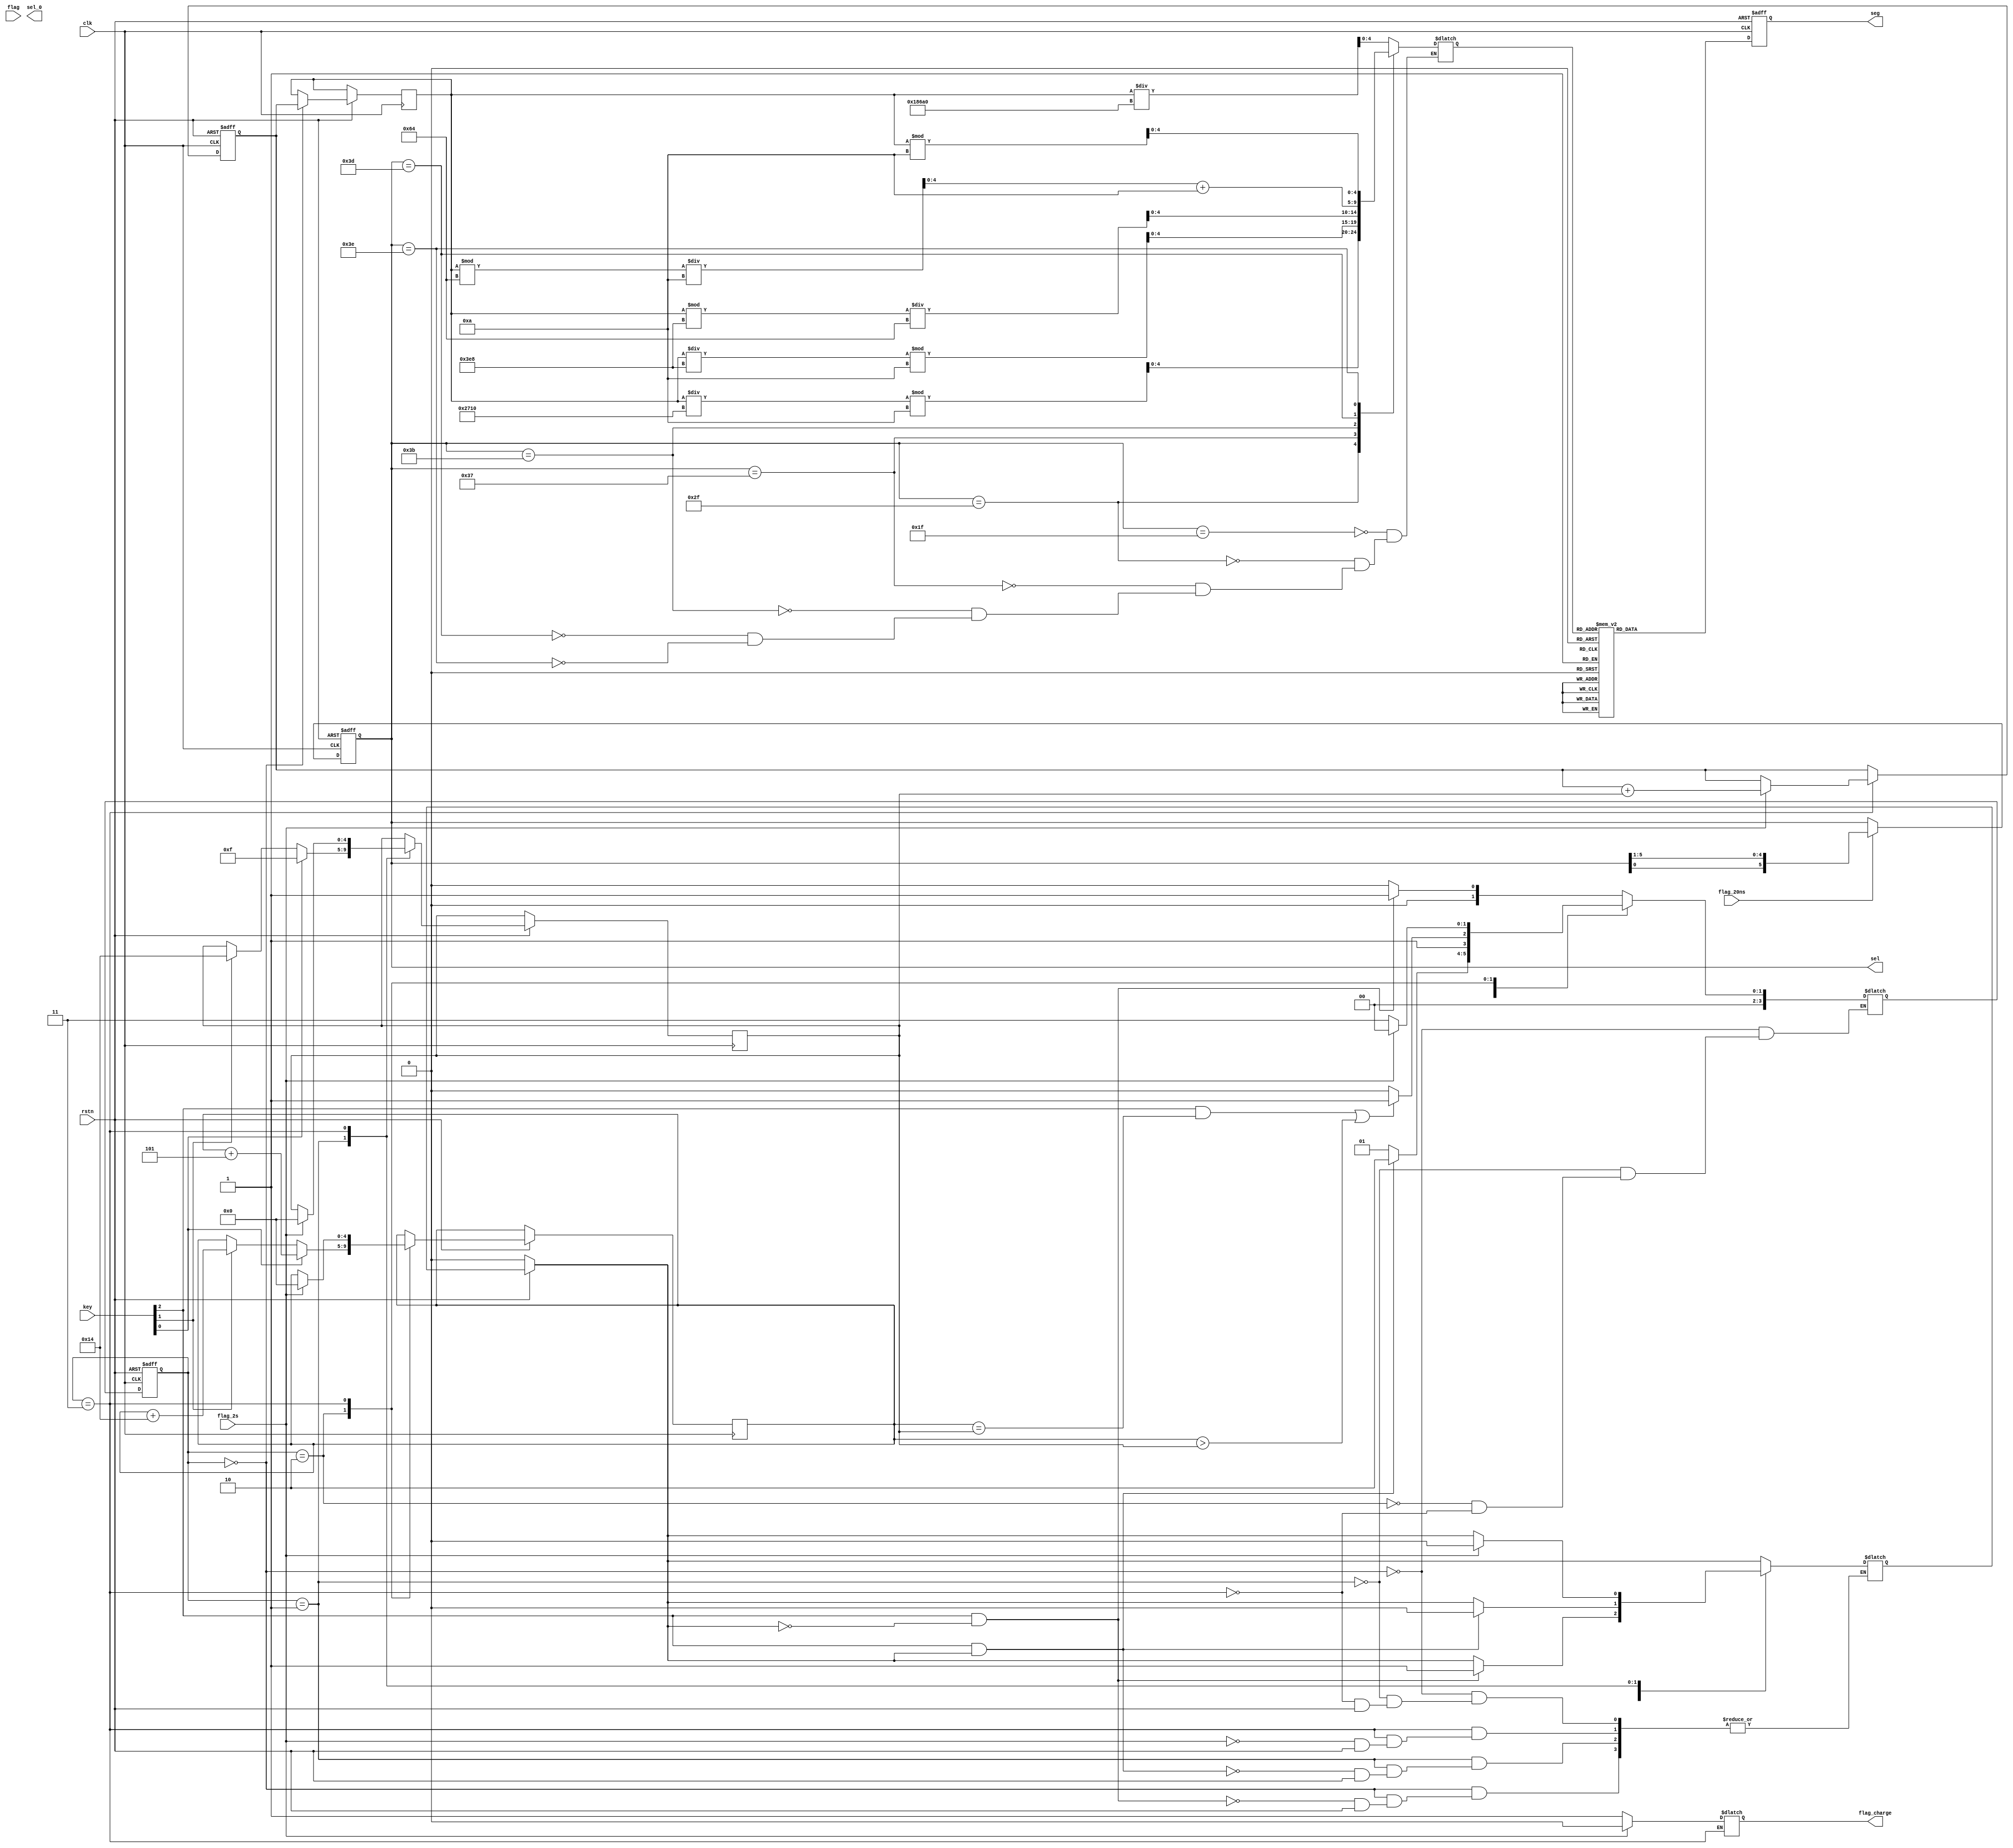
module regshow (
    input   wire            clk         ,
    input   wire            rstn        ,
    input   wire    [3:0]   key         ,
    input   wire            flag        ,
    input   wire            flag_20ns   ,
    input   wire            flag_2s     , 
    
    output  reg             flag_charge ,
    output  reg     [1:0]   sel_0       ,
    output  reg     [5:0]   sel         ,
    output  reg     [7:0]   seg         
);

    parameter  IDLE        =   4'd0    ;
    parameter  BUY         =   4'd1    ;
    parameter  PAY         =   4'd2    ;
    parameter  CHANGE      =   4'd3    ;

    reg     [3:0]       cstate      ;
    reg     [3:0]       nstate      ;
    reg     [4:0]       number      ;
    wire    [4:0]       num6        ;   // 6-1 
    wire    [4:0]       num5        ;
    wire    [4:0]       num4        ;
    wire    [4:0]       num3        ;
    wire    [4:0]       num2        ;
    wire    [4:0]       num1        ;

    reg     [19:0]      money_show  ;   // 
    reg     [19:0]      money_total ;   // 
    reg     [4:0]       money_pay   ;   // 
    reg     [4:0]       money_paid  ;   // 
    reg     [4:0]       money_charge;   // 
    reg                 flag_buy    ;   // 

    always @(posedge clk or negedge rstn) begin
        if(!rstn) begin
            sel <= 6'b011111;
        end
        else if(flag_20ns)begin
            sel <= {sel[0],sel[5:1]};
        end
        else begin
            sel <= sel;
        end
    end

    always @(posedge clk or negedge rstn) begin
        if(!rstn) begin
            cstate <= IDLE;
        end
        else begin
            cstate <= nstate;
        end
    end

    always @(*) begin   // 
        if(!rstn) begin
            flag_buy = 1'b0;
        end
        case (cstate)
            IDLE: begin
                if(key[2]&&!flag_buy) begin
                    nstate = BUY;
                    flag_buy = 1'b1;
                end
                else begin
                    nstate = IDLE;
                end
            end
            BUY: begin
                if(key[2]&&flag_buy) begin
                    nstate = PAY;
                    flag_buy = 1'b0;
                end
                else begin
                    nstate = BUY;
                end
            end
            PAY: begin
                if((key[2] && money_paid == money_pay)||(money_paid > money_pay)) begin
                    nstate = CHANGE;
                end
                else begin
                    nstate = PAY;
                end
            end
            CHANGE: begin
                if(flag_2s) begin
                    nstate = IDLE;
                    flag_buy = 1'b0;
                    flag_charge = 1'd0;
                end
                else begin
                    nstate = CHANGE;
                    flag_charge = 1'd1;
                end
            end
            default:    ;
        endcase
    end

    always @(posedge clk or negedge rstn) begin   // 
        if(!rstn) begin
            money_total <= 20'd200;
        end
        else begin
            case (cstate)
                IDLE: begin
                    money_show <= money_total;
                    // num1 <= 4'd0;
                    // num2 <= 4'd0;
                    // num3 <= 4'd0;
                    // num4 <= 4'd0;
                    // num5 <= 4'd0;
                    // num6 <= 4'd0;
                end
                BUY: begin
                    if(key[0]) begin
                        money_pay <= 4'd15;
                    end
                    else if(key[1]) begin
                        money_pay <= 5'd20;
                    end
                    else begin
                        money_pay <= money_pay;
                    end
                end
                PAY: begin
                    if(key[0]) begin
                        money_paid <= money_paid + 3'd5;
                    end
                    else if(key[1]) begin
                        money_paid <= money_paid + 5'd20;
                    end
                    else begin
                        money_paid <= money_paid;
                    end
                end
                CHANGE: begin
                    money_charge = money_paid - money_pay;
                    if(flag_2s) begin
                        money_total <= money_total + money_pay;
                        money_paid <= 1'd0;
                        money_pay <= 1'd0;
                        money_charge <= 1'd0;
                    end
                    else begin
                        money_paid <= money_paid;
                        money_charge <= money_charge;
                        money_pay <= money_pay;
                        money_total <= money_total;
                    end
                end
            endcase
        end
    end

    always @(*) begin
        case (sel)
            6'b011111:  number = num6;
            6'b101111:  number = num5;
            6'b110111:  number = num4;
            6'b111011:  number = num3;
            6'b111101:  number = num2;
            6'b111110:  number = num1;
        endcase
    end

    always @(posedge clk or negedge rstn)begin
        if(!rstn)
            seg <= 8'b0;
        else begin
            case(number)//16
                5'd0:       seg <= 8'b1100_0000;//
                5'd1:       seg <= 8'b1111_1001;
                5'd2:       seg <= 8'b1010_0100;
                5'd3:       seg <= 8'b1011_0000;
                5'd4:       seg <= 8'b1001_1001;
                5'd5:       seg <= 8'b1001_0010;
                5'd6:       seg <= 8'b1000_0010;
                5'd7:       seg <= 8'b1111_1000;
                5'd8:       seg <= 8'b1000_0000;
                5'd9:       seg <= 8'b1001_0000;
                5'd10:      seg <= 8'b0100_0000;//
                5'd11:      seg <= 8'b0111_1001;
                5'd12:      seg <= 8'b0010_0100;
                5'd13:      seg <= 8'b0011_0000;
                5'd14:      seg <= 8'b0001_1001;
                5'd15:      seg <= 8'b0001_0010;
                5'd16:      seg <= 8'b0000_0010;
                5'd17:      seg <= 8'b0111_1000;
                5'd18:      seg <= 8'b0000_0000;
                5'd19:      seg <= 8'b0001_0000;
                5'd20:      seg <= 8'b1111_1111;
                default :   seg <= 8'b1100_0000;
            endcase
        end
    end

    assign  num1 = money_show % 4'd10;
    assign  num2 = (money_show % 7'd100) / 4'd10 + 4'd10;
    assign  num3 = (money_show % 10'd1000) / 7'd100;
    assign  num4 = (money_show / 10'd1000) % 4'd10;
    assign  num5 = (money_show / 14'd10000) % 4'd10;
    assign  num6 = money_show / 17'd10_0000;

 endmodule//regshow